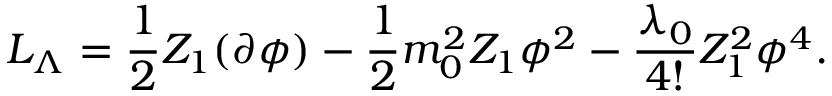
{ \cal { L } } _ { \Lambda } = \frac { 1 } { 2 } Z _ { 1 } ( \partial \phi ) - \frac { 1 } { 2 } m _ { 0 } ^ { 2 } Z _ { 1 } \phi ^ { 2 } - \frac { \lambda _ { 0 } } { 4 ! } Z _ { 1 } ^ { 2 } \phi ^ { 4 } .